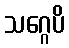
သဂ္ဂေပိ